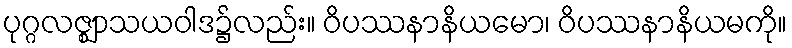
ပုဂ္ဂလဇ္ဈာသယဝါဒ၌လည်း။ ဝိပဿနာနိယမော၊ ဝိပဿနာနိယမကို။